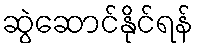
ဆွဲဆောင်နိုင်ရန်